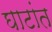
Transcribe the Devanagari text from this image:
घाटांत